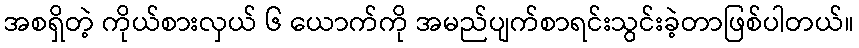
အစရှိတဲ့ ကိုယ်စားလှယ် ၆ ယောက်ကို အမည်ပျက်စာရင်းသွင်းခဲ့တာဖြစ်ပါတယ်။